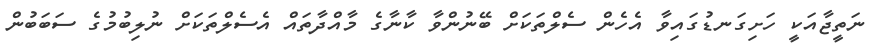
ނަތީޖާއަކީ ހަށިގަނޑުގައިވާ އެހެން ސެލްތަކަށް ބޭނުންވާ ކާނާގެ މާއްދާތައް އެސެލްތަކަށް ނުލިބުމުގެ ސަބަބުން